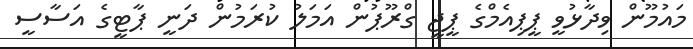
މައުމޫން ވިދާޅުވީ ޕީޕިއެމްގެ ޕީޖީ ގްރޫޕުން އަމަލު ކުރަމުން ދަނީ ޕާޓީގެ އަސާސީ